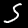
Digit: 5